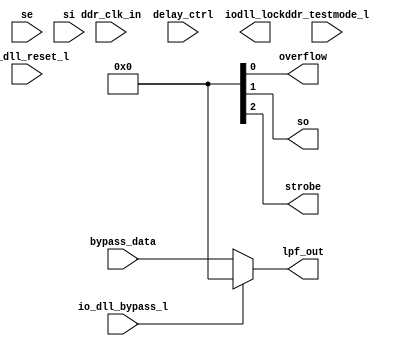
// ========== Copyright Header Begin ==========================================
// 
// OpenSPARC T1 Processor File: bw_iodll.v
// Copyright (c) 2006 Sun Microsystems, Inc.  All Rights Reserved.
// DO NOT ALTER OR REMOVE COPYRIGHT NOTICES.
// 
// The above named program is free software; you can redistribute it and/or
// modify it under the terms of the GNU General Public
// License version 2 as published by the Free Software Foundation.
// 
// The above named program is distributed in the hope that it will be 
// useful, but WITHOUT ANY WARRANTY; without even the implied warranty of
// MERCHANTABILITY or FITNESS FOR A PARTICULAR PURPOSE.  See the GNU
// General Public License for more details.
// 
// You should have received a copy of the GNU General Public
// License along with this work; if not, write to the Free Software
// Foundation, Inc., 51 Franklin St, Fifth Floor, Boston, MA 02110-1301, USA.
// 
// ========== Copyright Header End ============================================
//
//    Unit Name:  bw_iodll (delay-locked loop -> Master DLL)
//    Block Name:  DLL
//    Files that must be included:  none
//
//

module bw_iodll(
	// inputs in alphabetical order
        bypass_data,
	ddr_clk_in,
	ddr_testmode_l,
	delay_ctrl,
	io_dll_bypass_l,
	io_dll_reset_l,
	se,
	si,
	//outputs in alphabetical order
	iodll_lock,	
	lpf_out,
	overflow,
	so,
	strobe
          );

	input [4:0]     bypass_data;
	input		ddr_clk_in;
	input		ddr_testmode_l;
	input [2:0]     delay_ctrl;
	input           io_dll_bypass_l;
	input		io_dll_reset_l;
	input		se;
	input		si;

	output		iodll_lock;
	output [4:0] 	lpf_out;
	output		overflow;
	output		so;
	output		strobe;


assign lpf_out = (io_dll_bypass_l == 1'b0)? bypass_data:5'b00000;

endmodule